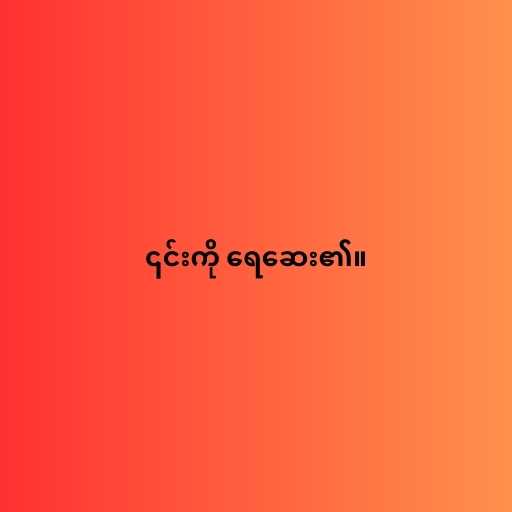
၎င်းကို ရေဆေး၏။